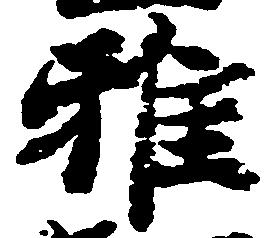
雅